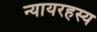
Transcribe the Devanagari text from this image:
न्यायरहस्य